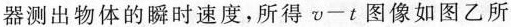
器测出物体的瞬时速度，所得v-t图像如图乙所